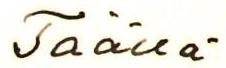
Täällä